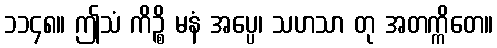
၁၁၄၈။ ဤသံ ကိဉ္စိ မနံ အပ္ပေ၊ သဟသာ တု အတက္ကိတေ။